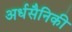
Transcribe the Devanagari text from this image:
अर्धसैनिकी